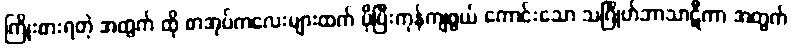
ကြိုးစားရတဲ့ အတွက် ထို စာအုပ်ကလေးများထက် ပိုပြီးကုန်ကျဖွယ် ကောင်းသော သင်္ဂြိုဟ်ဘာသာဋီကာ အတွက်